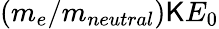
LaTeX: (m_{e}/m_{neutral})\mathsf{K}E_{0}